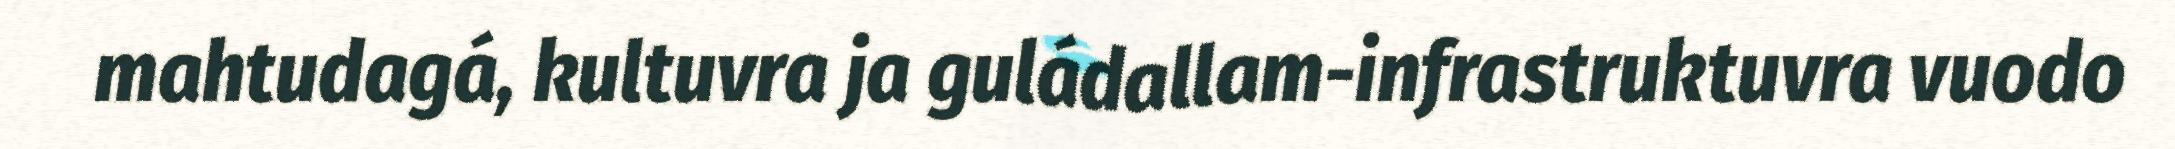
mahtudagá, kultuvra ja guládallam-infrastruktuvra vuodo